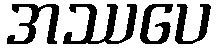
အဿပေ